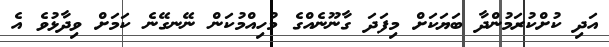
އަދި ކުށްކުރަމުންދާ ބަޔަކަށް މިފަދަ ގާނޫނެއްގެ މުހިއްމުކަން ނޭނގޭނެ ކަމަށް ވިދާޅުވެ އެ